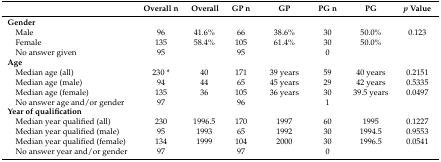
<table><thead><tr><td></td><td><b>Overall n</b></td><td><b>Overall</b></td><td><b>GP n</b></td><td><b>GP</b></td><td><b>PG n</b></td><td><b>PG</b></td><td><b><i>p</i> Value</b></td></tr></thead><tbody><tr><td><b>Gender</b></td><td></td><td></td><td></td><td></td><td></td><td></td><td></td></tr><tr><td> Male</td><td>96</td><td>41.6%</td><td>66</td><td>38.6%</td><td>30</td><td>50.0%</td><td>0.123</td></tr><tr><td> Female</td><td>135</td><td>58.4%</td><td>105</td><td>61.4%</td><td>30</td><td>50.0%</td><td></td></tr><tr><td> No answer given</td><td>95</td><td></td><td>95</td><td></td><td>0</td><td></td><td></td></tr><tr><td><b>Age</b></td><td></td><td></td><td></td><td></td><td></td><td></td><td></td></tr><tr><td> Median age (all)</td><td>230 *</td><td>40</td><td>171</td><td>39 years</td><td>59</td><td>40 years</td><td>0.2151</td></tr><tr><td> Median age (male)</td><td>94</td><td>44</td><td>65</td><td>45 years</td><td>29</td><td>42 years</td><td>0.5335</td></tr><tr><td> Median age (female)</td><td>135</td><td>36</td><td>105</td><td>36 years</td><td>30</td><td>39.5 years</td><td>0.0497</td></tr><tr><td> No answer age and/or gender</td><td>97</td><td></td><td>96</td><td></td><td>1</td><td></td><td></td></tr><tr><td><b>Year of qualification</b></td><td></td><td></td><td></td><td></td><td></td><td></td><td></td></tr><tr><td> Median year qualified (all)</td><td>230</td><td>1996.5</td><td>170</td><td>1997</td><td>60</td><td>1995</td><td>0.1227</td></tr><tr><td> Median year qualified (male)</td><td>95</td><td>1993</td><td>65</td><td>1992</td><td>30</td><td>1994.5</td><td>0.9553</td></tr><tr><td> Median year qualified (female)</td><td>134</td><td>1999</td><td>104</td><td>2000</td><td>30</td><td>1996.5</td><td>0.0541</td></tr><tr><td> No answer year and/or gender</td><td>97</td><td></td><td>97</td><td></td><td>0</td><td></td><td></td></tr></tbody></table>